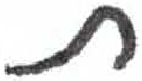
אות: ת